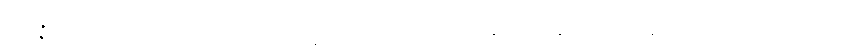
ဥပ္ပန္နပုဗ္ဗာ, တံ အာကာရံ သလ္လက္ခေတွာ တေသံ ဥပ္ပါဒနဝသေန ပဝတ္တမနသိကာရောဝ တီသုပိ